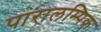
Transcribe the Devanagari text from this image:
पारालम्पिक